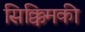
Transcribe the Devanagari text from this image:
सिक्किमकी